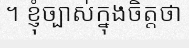
។ ខ្ញុំច្បាស់ក្នុងចិត្តថា